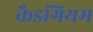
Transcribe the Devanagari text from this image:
कैडगियम